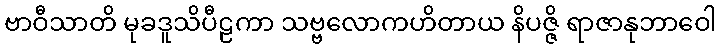
ဗာဝီသာတိ မုခဒူသိပီဠကာ သဗ္ဗလောကဟိတာယ နိပဇ္ဇိ ရာဇာနုဘာဝေါ